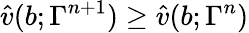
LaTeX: \hat{v}(b;\Gamma^{n+1})\ge\hat{v}(b;\Gamma^{n})